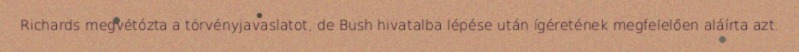
Richards megvétózta a törvényjavaslatot, de Bush hivatalba lépése után ígéretének megfelelően aláírta azt.